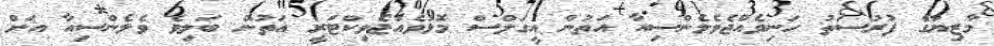
މާޒިޔާގެ ފުރުސަތު ހަނިވެއްޖެވެލެންސިއާ އަތުން އީގަލްސް މޮޅުވެއްޖެވިކްޓަރީ އަތުން ބަލިވެ ވެލެންސިއާ އަށް